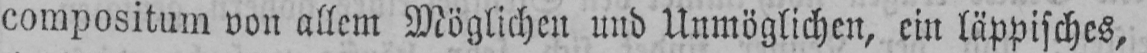
compositum von allem Möglichen und Unmöglichen, ein läppisches,